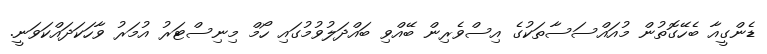
ޑެންގީއާ ބެހޭގޮތުން މުއައްސަސާތަކުގެ އިސްވެރިން ބޭއްވި ބައްދަލުވުމުގައި ހޯމް މިނިސްޓަރު އުމަރު ވާހަކަދައްކަވަނީ.